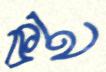
কান